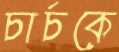
চার্চকে